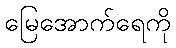
မြေအောက်ရေကို